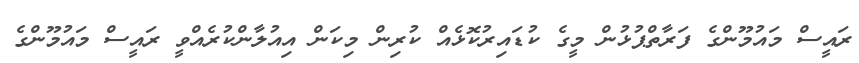
ރައީސް މައުމޫންގެ ފަރާތްޕުޅުން މީގެ ކުޑައިރުކޮޅެއް ކުރިން މިކަން އިއުލާންކުރެއްވީ ރައީސް މައުމޫންގެ